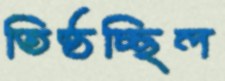
তিষ্ঠচ্ছিল